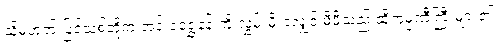
သို့မဟုတ် ပြင်သစ်တို့က အင်းဝရွှေနန်းကို လွှမ်းမိုးခဲ့လျှင် မိမိသည် ထိုကုမ္ပဏီကြီးများ၏